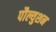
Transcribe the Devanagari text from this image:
पौल्युशन